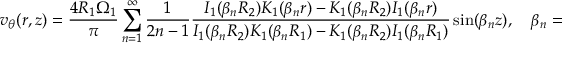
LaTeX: v _ { \theta } ( r , z ) = { \frac { 4 R _ { 1 } \Omega _ { 1 } } { \pi } } \sum _ { n = 1 } ^ { \infty } { \frac { 1 } { 2 n - 1 } } { \frac { I _ { 1 } ( \beta _ { n } R _ { 2 } ) K _ { 1 } ( \beta _ { n } r ) - K _ { 1 } ( \beta _ { n } R _ { 2 } ) I _ { 1 } ( \beta _ { n } r ) } { I _ { 1 } ( \beta _ { n } R _ { 2 } ) K _ { 1 } ( \beta _ { n } R _ { 1 } ) - K _ { 1 } ( \beta _ { n } R _ { 2 } ) I _ { 1 } ( \beta _ { n } R _ { 1 } ) } } \sin ( \beta _ { n } z ) , \quad \beta _ { n } = { \frac { ( 2 n - 1 ) \pi } { l } } ,